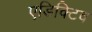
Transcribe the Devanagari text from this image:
एडिक्टिव